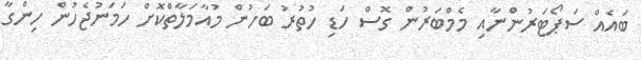
ބައެއް ސަޕޯޓަރުންނާއި މެމްބަރުން ގޮސް ހަޑި ހުތުރު ބަހުން މުއާމަލާތްކޮށް ހަމަނުޖެހުން ހިންގާ